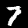
Label: 7